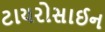
ટાયરોસાઈન